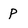
Character: P